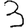
Digit: 3